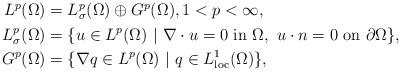
LaTeX: \begin{align*}\begin{aligned}L^{p}(\Omega)&=L^{p}_{\sigma}(\Omega)\oplus G^{p} (\Omega),1<p<\infty,\\ L^{p}_{\sigma}(\Omega)&=\{u\in L^{p}(\Omega)\ |\ \nabla \cdot u=0\ \textrm{in}\ \Omega,\ u\cdot n=0\ \textrm{on}\ \partial\Omega\},\\G^{p}(\Omega)&=\{\nabla q\in L^{p}(\Omega)\ |\ q\in L^{1}_{\textrm{loc}}(\Omega) \},\end{aligned}\end{align*}